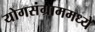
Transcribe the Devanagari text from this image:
योगसंग्राममध्ये